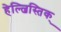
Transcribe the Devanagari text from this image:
हेल्ल्निस्तिक्